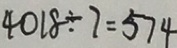
4 0 1 8 \div 7 = 5 7 4